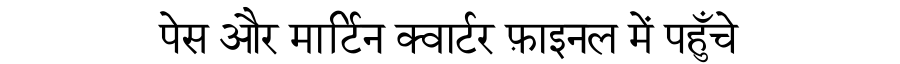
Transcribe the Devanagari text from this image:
पेस और मार्टिन क्वार्टर फ़ाइनल में पहुँचे